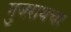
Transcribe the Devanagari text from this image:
गुजराथचा